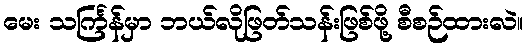
မေး သင်္ကြန်မှာ ဘယ်လိုဖြတ်သန်းဖြစ်ဖို့ စီစဉ်ထားလဲ။